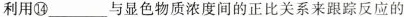
利用⑭___与显色物质浓度间的正比关系来跟踪反应的